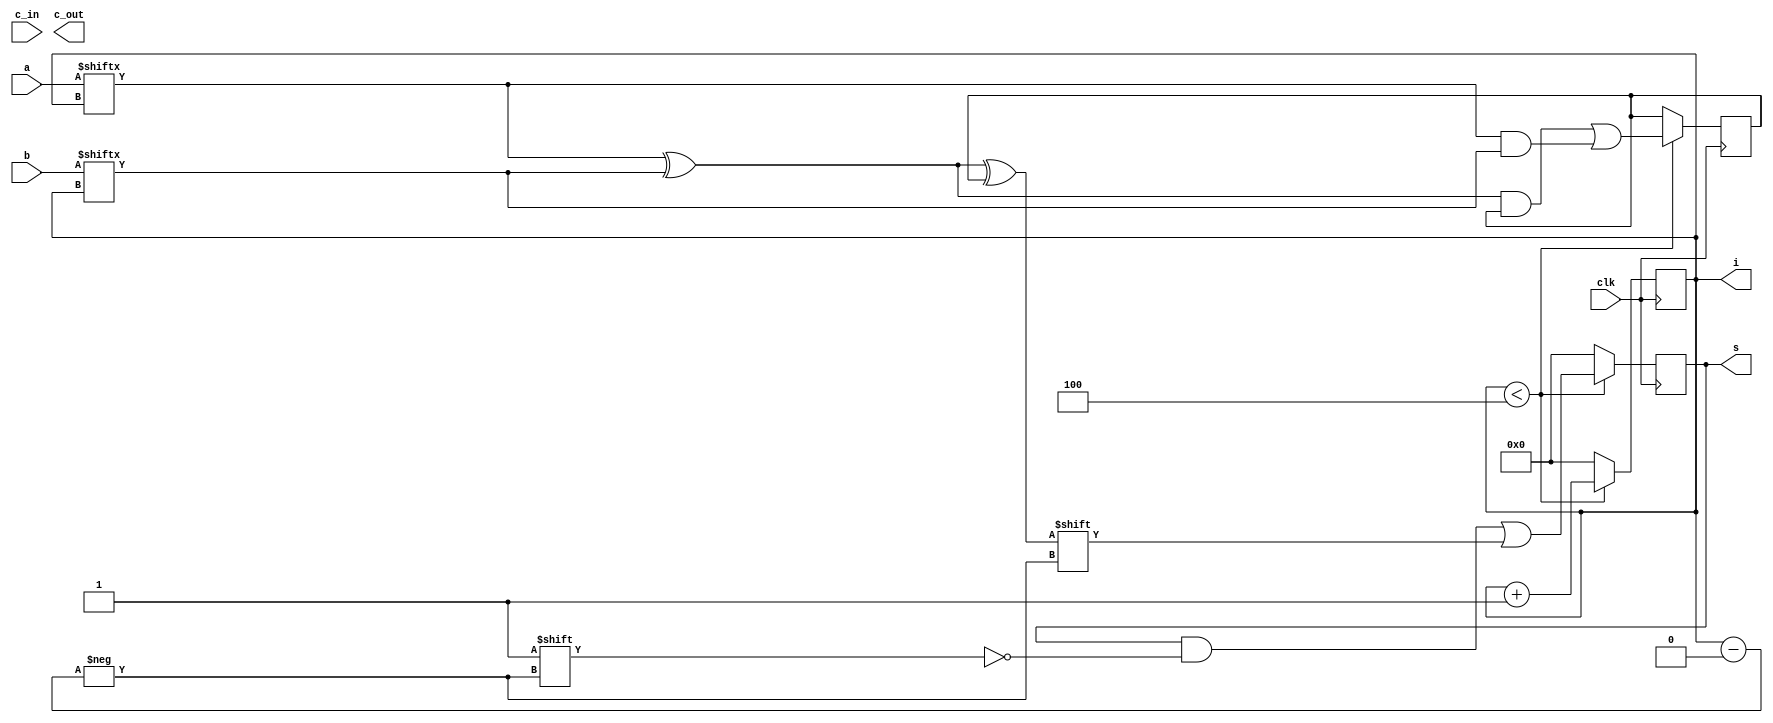
`timescale 1ns / 1ps
module serial_adder(
	input [3:0] a,
	input [3:0] b,
	input c_in,
	input clk,
	output reg [3:0] s,
	output reg [3:0] i,
	output c_out
	);

reg c;
//integer i=0;
initial  s=0;
initial i=0;
	always @ (posedge clk) begin
		
		if(i <4) begin
			s[i]=a[i]^b[i]^c;
			c=(a[i]^b[i])&c | a[i]&b[i];
			i=i+1;
	end
		else begin
		i=0;
		s=0;
		end
	end
endmodule